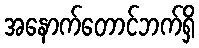
အနောက်တောင်ဘက်ရှိ